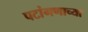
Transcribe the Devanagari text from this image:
पटांगणाच्या